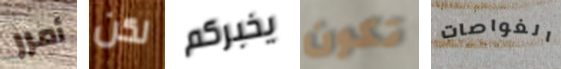
أمرر لكن يخبركم تكون الغواصات